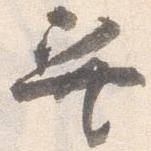
巽